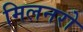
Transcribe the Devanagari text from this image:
मिलनरो